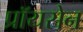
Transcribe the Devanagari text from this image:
प्रॉयसेन